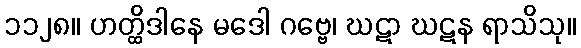
၁၁၂၈။ ဟတ္ထိဒါနေ မဒေါ ဂဗ္ဗေ၊ ဃဋာ ဃဋန ရာသိသု။